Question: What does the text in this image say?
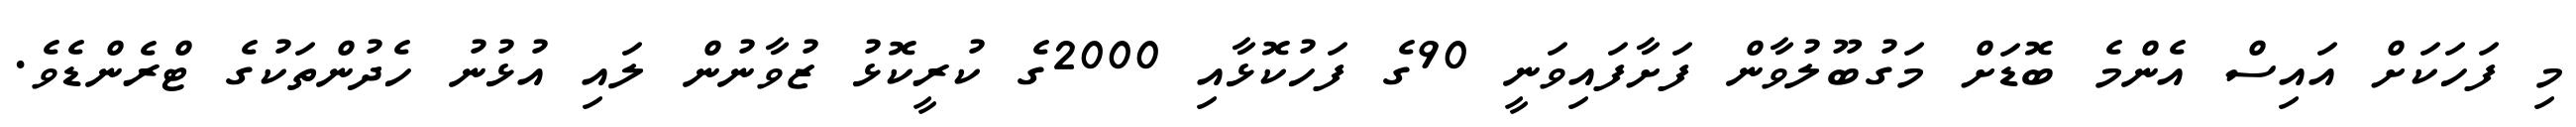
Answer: މި ފަހަކަށް އައިސް އެންމެ ބޮޑަށް މަގުބޫލުވާން ފަށާފައިވަނީ 90ގެ ފަހުކޮޅާއި 2000ގެ ކުރީކޮޅު ޒުވާނުން ލައި އުޅުނު ހެދުންތަކުގެ ޓްރެންޑެވެ.